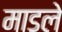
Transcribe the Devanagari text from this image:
माडले